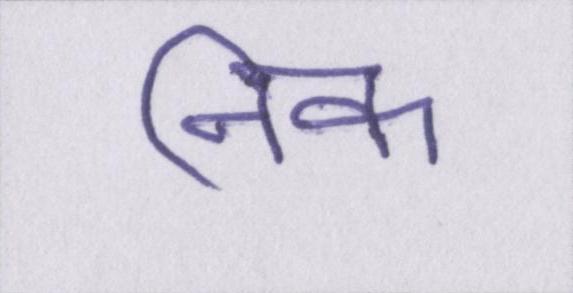
निक